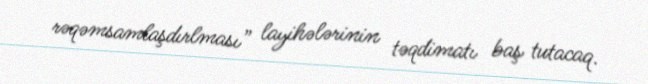
rəqəmsamlaşdırlması” layihələrinin təqdimatı baş tutacaq.